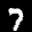
Label: 7